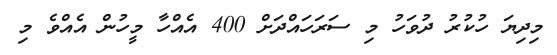
މިދިޔަ ހުކުރު ދުވަހު މި ސަރަހައްދަށް 400 އެއްހާ މީހުން އެއްވެ މި